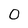
Character: 0